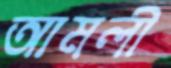
আমলী